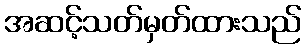
အဆင့်သတ်မှတ်ထားသည်